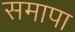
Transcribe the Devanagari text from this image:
समापा